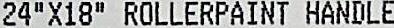
24"X18" ROLLERPAINT HANDLE